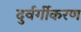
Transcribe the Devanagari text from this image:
दुर्वर्गीकरण